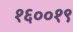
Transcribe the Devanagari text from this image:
१६००१९